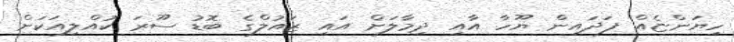
ހިޔަންޏެއް ފަދައިން ޔޫހާ އާއި ދިމާލަށް އައި ޒައުލްގެ ބޮޑު ސޫރަ ކުއްލިއަކަށް